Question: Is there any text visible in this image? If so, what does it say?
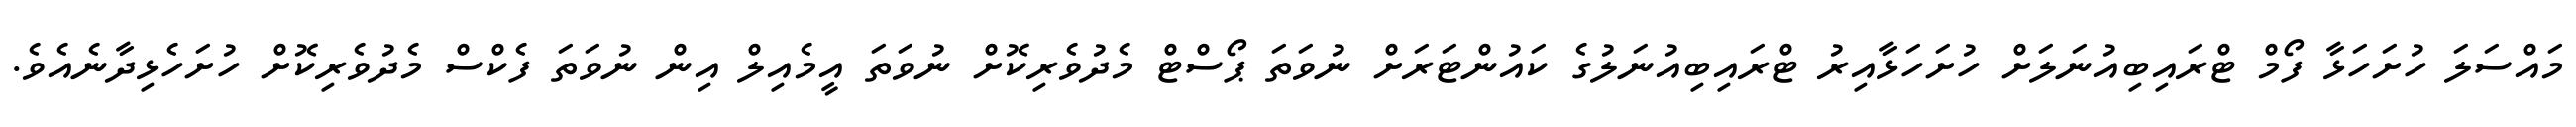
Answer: މައްސަލަ ހުށަހަޅާ ފޯމް ޓްރައިބިއުނަލަށް ހުށަހަޅާއިރު ޓްރައިބިއުނަލުގެ ކައުންޓަރަށް ނުވަތަ ޕޯސްޓް މެދުވެރިކޮށް ނުވަތަ އީމެއިލް އިން ނުވަތަ ފެކްސް މެދުވެރިކޮށް ހުށަހެޅިދާނެއެވެ.